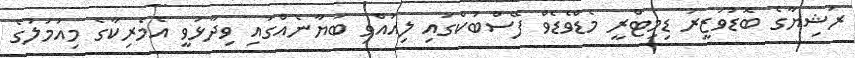
ރަޝިޔާގެ ބޮޑުވަޒީރު ޑިމިޓްރީ މެޑްވެޑެވް ފޭސްބުކްގައި ލިއުއްވި ބަޔާނެއްގައި ވިދާޅުވީ އެމެރިކާގެ މިއަމަލުގެ